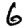
Digit: 6